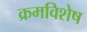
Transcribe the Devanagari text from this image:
क्रमविशेष